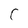
Character: C